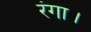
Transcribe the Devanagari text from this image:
रंगा।